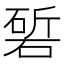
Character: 𮀰